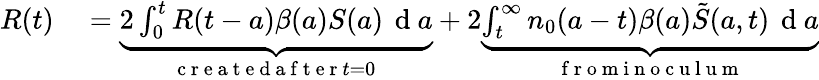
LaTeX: \begin{array}{rl}{R(t)}&{{}=\underbrace{2\int_{0}^{t}{R(t-a)\beta(a)S(a)\, \mathrm{~d~}a}}_{\mathrm{~c~r~e~a~t~e~d~a~f~t~e~r~}t=0\mathrm{~}}+2\underbrace{\int_{t}^{\infty}{{{n}_{0}}(a-t)\beta(a)\tilde{S}({a,t})\, \mathrm{~d~}a}}_{\mathrm{~f~r~o~m~i~n~o~c~u~l~u~m~}}}\end{array}